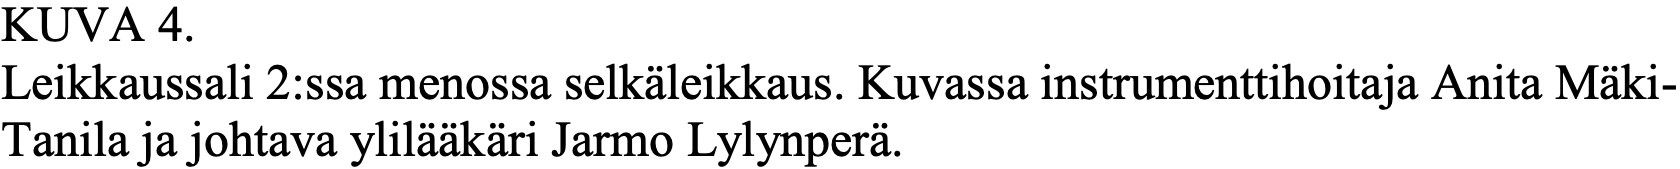
KUVA  4. Leikkaussali 2:ssa menossa selkäleikkaus. Kuvassa instrumenttihoitaja Anita Mäki- Tanila ja johtava ylilääkäri Jarmo Lylynperä.